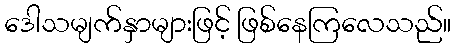
ဒေါသမျက်နှာများဖြင့် ဖြစ်နေကြလေသည်။